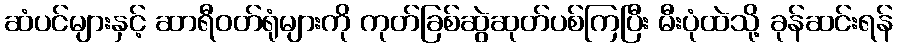
ဆံပင်များနှင့် ဆာရီဝတ်ရုံများကို ကုတ်ခြစ်ဆွဲဆုတ်ပစ်ကြပြီး မီးပုံထဲသို့ ခုန်ဆင်းရန်